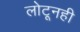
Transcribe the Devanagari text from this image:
लोटूनही